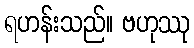
ရဟန်းသည်။ ဗဟုဿု